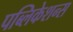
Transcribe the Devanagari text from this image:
पब्‍लिकेशन्‍स